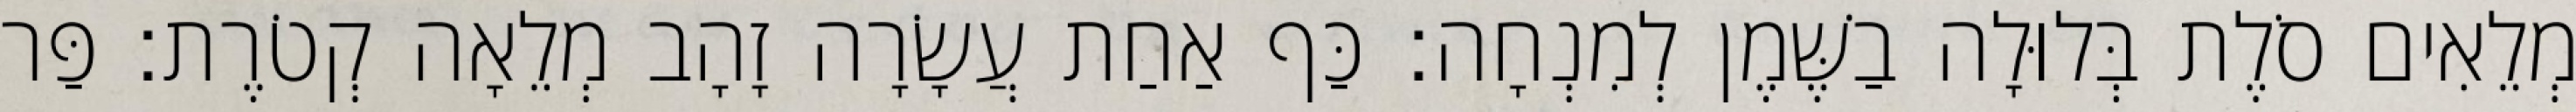
מְלֵאִים סֹלֶת בְּלוּלָה בַשֶּׁמֶן לְמִנְחָה׃ כַּף אַחַת עֲשָׂרָה זָהָב מְלֵאָה קְטֹרֶת׃ פַּר